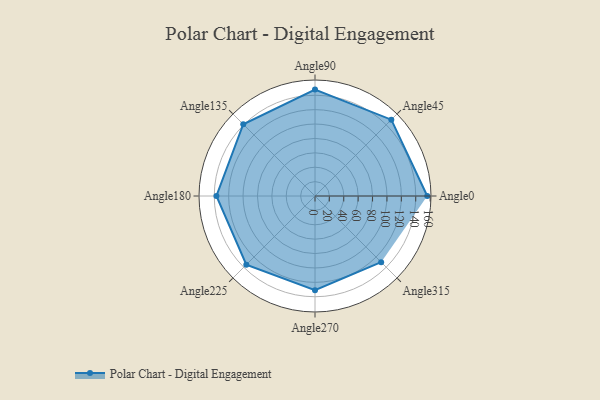
{"axis": {"x": "Angle", "y": "Radius"}, "legend": [""], "data": [{"x": "Angle0", "y": 156.0, "type": ""}, {"x": "Angle45", "y": 150.0, "type": ""}, {"x": "Angle90", "y": 148.0, "type": ""}, {"x": "Angle135", "y": 141.0, "type": ""}, {"x": "Angle180", "y": 137.0, "type": ""}, {"x": "Angle225", "y": 135.0, "type": ""}, {"x": "Angle270", "y": 131.0, "type": ""}, {"x": "Angle315", "y": 130.0, "type": ""}]}